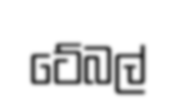
ටේබල්